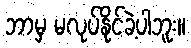
ဘာမှ မလုပ်နိုင်ခဲ့ပါဘူး။